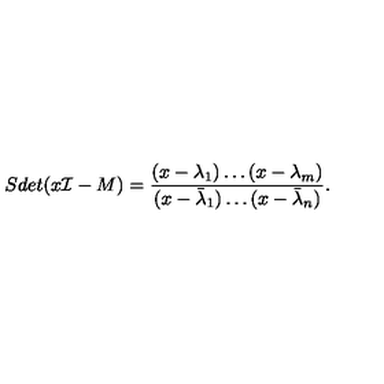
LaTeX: S d e t ( x { \cal I } - M ) = { \frac { ( x - \lambda _ { 1 } ) \dots ( x - \lambda _ { m } ) } { ( x - { \bar { \lambda } } _ { 1 } ) \dots ( x - { \bar { \lambda } } _ { n } ) } } .